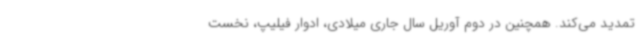
تمدید می‌کند. همچنین در دوم آوریل سال جاری میلادی، ادوار فیلیپ، نخست